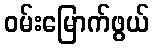
ဝမ်းမြောက်ဖွယ်